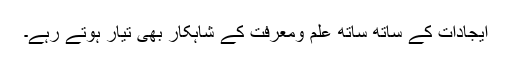
ایجادات کے ساتھ ساتھ علم ومعرفت کے شاہکار بھی تیار ہوتے رہے۔